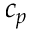
c _ { p }